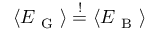
\langle E _ { \mathrm { ~ G ~ } } \rangle \overset { ! } { = } \langle E _ { \mathrm { ~ B ~ } } \rangle